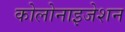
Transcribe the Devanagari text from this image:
कोलोनाइजेशन